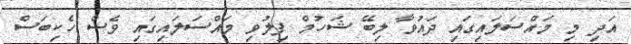
އަދި މި މައްސަލައިގައި ދައުވާ ލިބޭ ޝަހުމް ފިލުވި މައްސަލައިގައި ވެސް ހެކިބަސް